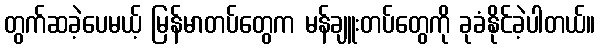
တွက်ဆခဲ့ပေမယ့် မြန်မာတပ်တွေက မန်ချူးတပ်တွေကို ခုခံနိုင်ခဲ့ပါတယ်။